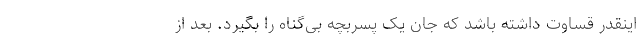
اینقدر قساوت داشته باشد که جان یک پسربچه بی‌گناه را بگیرد. بعد از